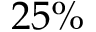
2 5 \%